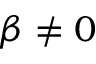
\beta \neq 0